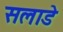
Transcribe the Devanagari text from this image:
सलाडे